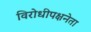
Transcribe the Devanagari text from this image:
विरोधीपक्षनेता